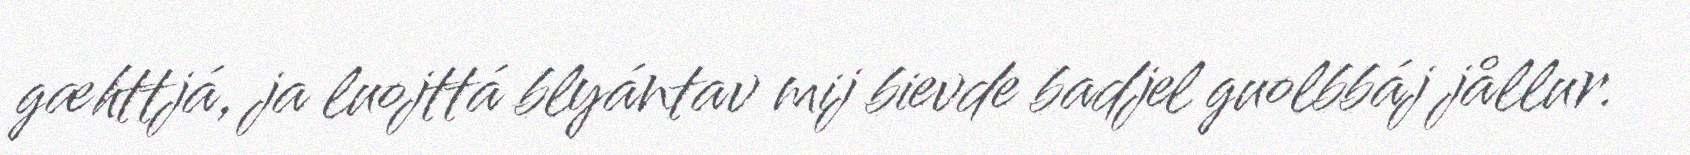
gæhttjá, ja luojttá blyántav mij bievde badjel guolbbáj jållur.